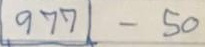
977 - 50